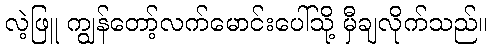
လဲ့ဖြူ ကျွန်တော့်လက်မောင်းပေါ်သို့ မှီချလိုက်သည်။